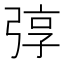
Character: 弴